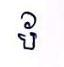
ប័